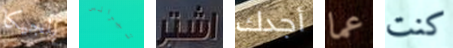
بلجيكا تيرانس اشتر أجدك عما كنت